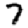
Digit: 7